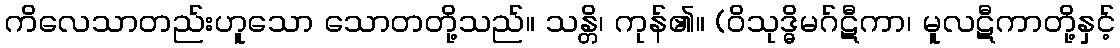
ကိလေသာတည်းဟူသော သောတတို့သည်။ သန္တိ၊ ကုန်၏။ (ဝိသုဒ္ဓိမဂ်ဋီကာ၊ မူလဋီကာတို့နှင့်